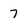
Character: 7